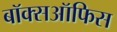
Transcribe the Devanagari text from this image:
बॉक्सऑफिस